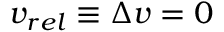
v _ { r e l } \equiv \Delta v = 0